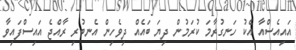
އައިއެސްއާ އެކު ހަނގުރާމަ ކުރަމުން ދިޔަ ބައެއް ދިވެހިން އެނބުރި ރާއްޖެ އައިސްފައިވާ